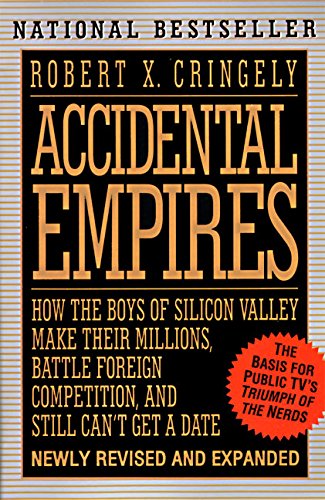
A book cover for Accidental Empires: How the Boys of Silicon Valley Make Their Millions, Battle Foreign Competition, and Still Can't Get a Date; Robert X. Cringely; Computers & Technology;